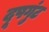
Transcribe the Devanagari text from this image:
दूषगुंट